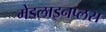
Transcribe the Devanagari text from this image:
मेडलाइनप्लस